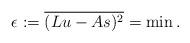
LaTeX: \begin{align*} \epsilon := \overline{(Lu - As)^2} =\min . \end{align*}